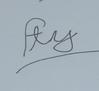
Signature authenticity: forged